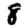
Digit: 8